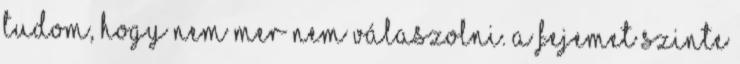
tudom, hogy nem mer nem válaszolni. A fejemet szinte